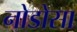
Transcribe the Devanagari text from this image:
नोडोसा